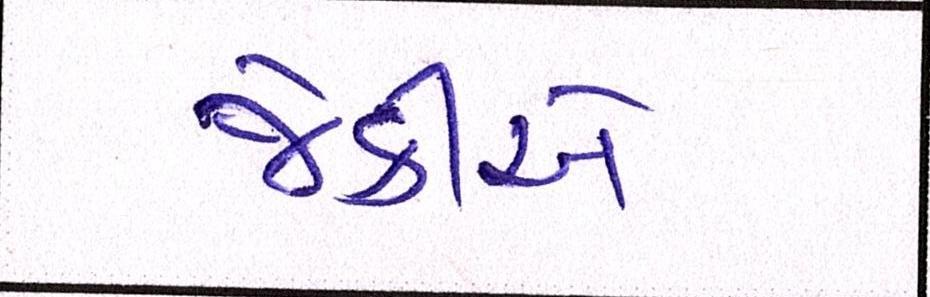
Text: જેકીએ